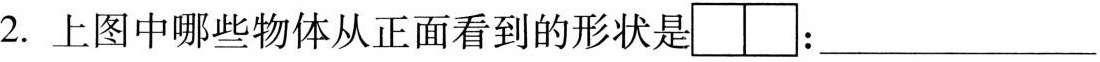
2.上图中哪些物体从正面看到的形状 是：___